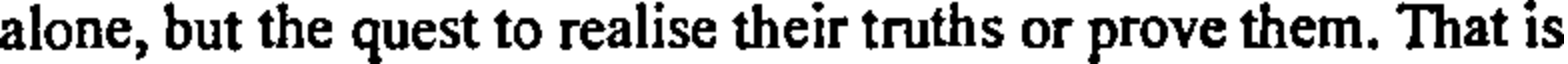
alone, but the quest to realise their truths or prove them. That is